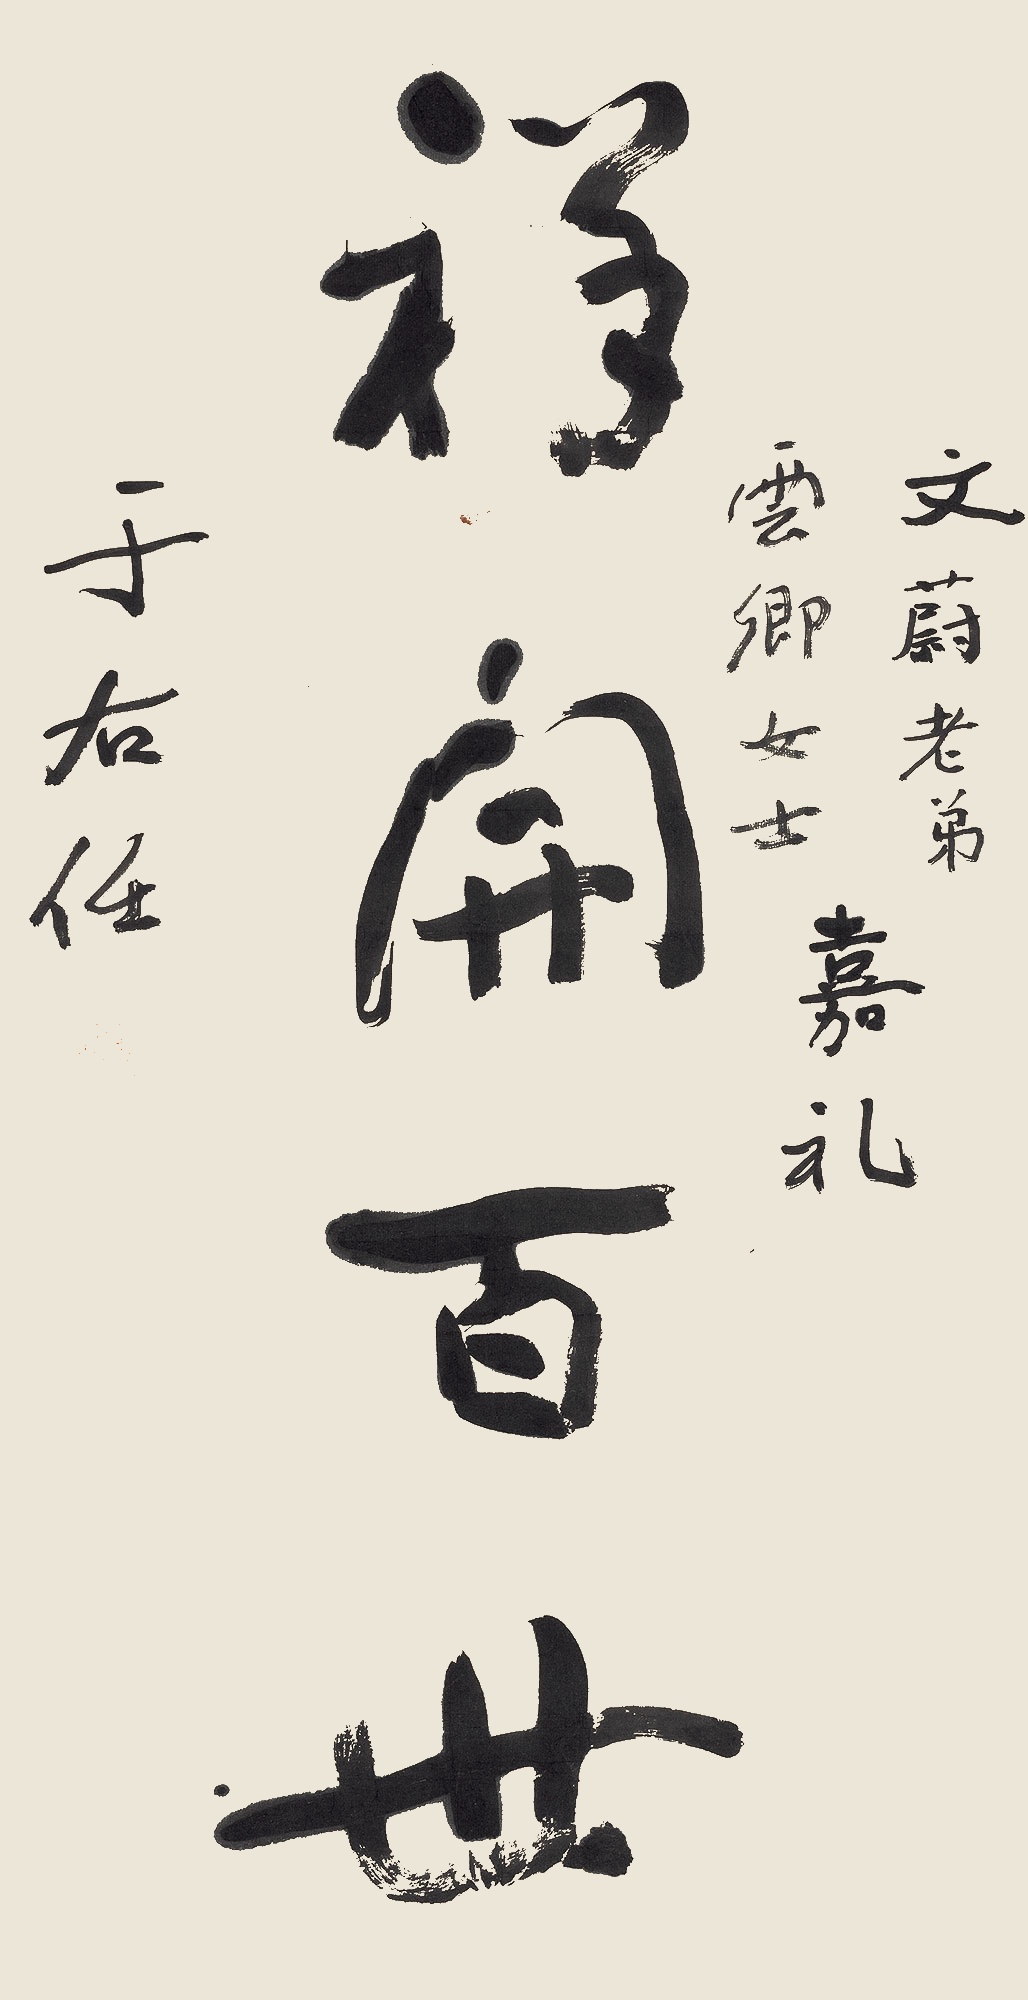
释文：祥开百世文蔚老弟、云卿女士嘉礼。于右任。